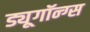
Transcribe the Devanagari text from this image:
ड्यूगॉन्ग्स